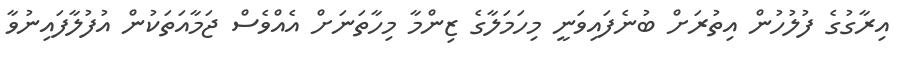
އިރާގުގެ ފުލުހުން އިތުރަށް ބުނެފައިވަނީ މިހަމަލާގެ ޒިންމާ މިހާތަނަށް އެއްވެސް ޖަމާއަތަކުން އުފުލާފައިނުވާ